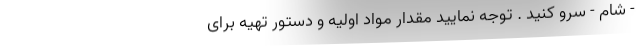
- شام - سرو کنید . توجه نمایید مقدار مواد اولیه و دستور تهیه برای